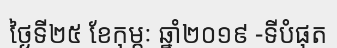
ថ្ងៃទី២៥ ខែកុម្ភៈ ឆ្នាំ២០១៩ -ទីបំផុត